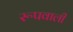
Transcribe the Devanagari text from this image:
रूपवाली